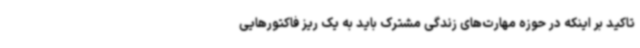
تاکید بر اینکه در حوزه مهارت‌های زندگی مشترک باید به یک ریز فاکتورهایی